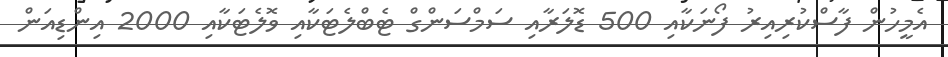
އެމީހުން ފާސްކުރިއިރު ފޯނަކާއި 500 ޑޮލަރާއި ސަމްސަންގް ޓެބްލެޓަކާއި ވޮލެޓަކާއި 2000 އިންޑިއަން